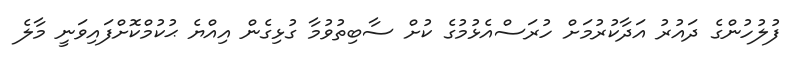
ފުލުހުންގެ ދައުރު އަދާކުރުމަށް ހުރަސްއެޅުމުގެ ކުށް ސާބިތުވުމާ ގުޅިގެން އިއްޔެ ޙުކުމްކޮށްފައިވަނީ މާލެ